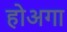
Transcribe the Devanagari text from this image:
होअगा